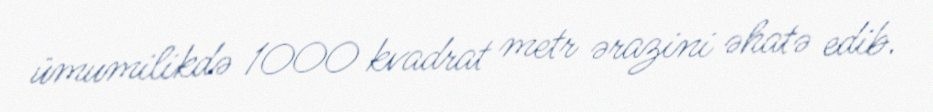
ümumilikdə 1000 kvadrat metr ərazini əhatə edib.